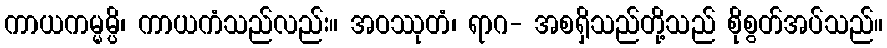
ကာယကမ္မမ္ပိ၊ ကာယကံသည်လည်း။ အဝဿုတံ၊ ရာဂ- အစရှိသည်တို့သည် စိုစွတ်အပ်သည်။